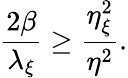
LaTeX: \frac{2\beta}{\lambda_{\xi}}\geq\frac{\eta_{\xi}^{2}}{\eta^{2}}.